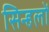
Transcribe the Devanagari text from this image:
सिन्हलों